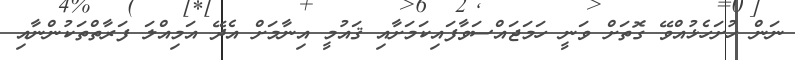
ނަން ހުށަހެޅުއްވޭ ގޮތަށް ވަނީ ހަމަޖައްސަވާފައިކަމަށާއި ޤައުމީ އިނާމަށް އެދޭ އަމިއްލަ ފަރާތްތަކުންނާއި